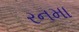
રનમા